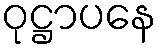
ဝုဋ္ဌာပနေ